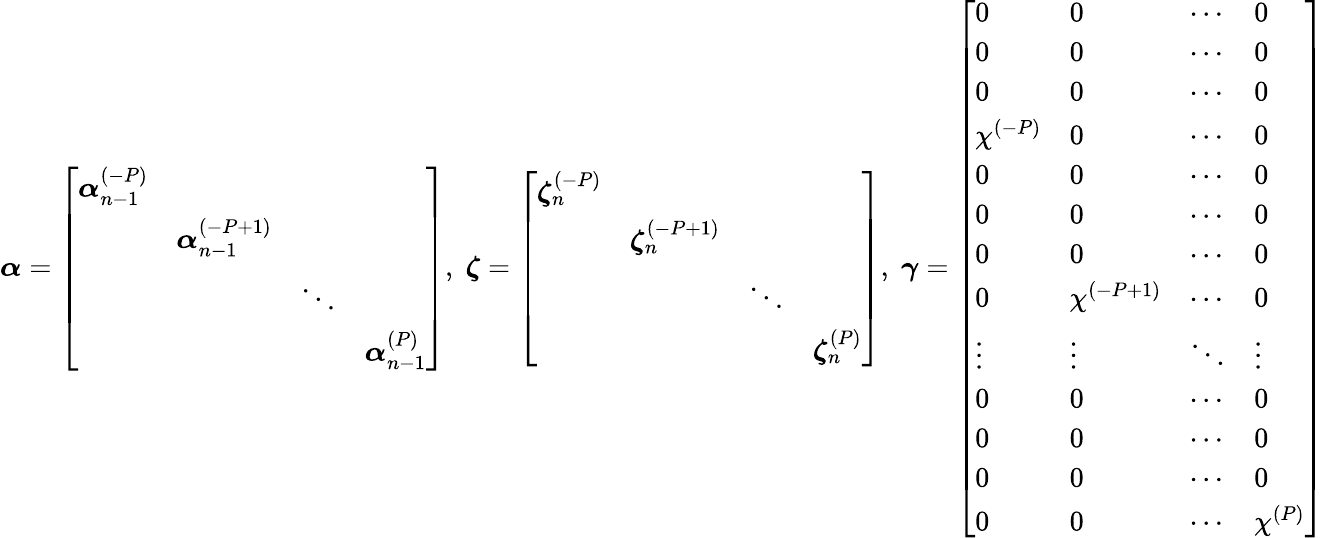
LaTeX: \boldsymbol\alpha=\left[\begin{array}{cccc}{\boldsymbol\alpha_{n-1}^{(-P)}}&&&\\ &{\boldsymbol\alpha_{n-1}^{(-P+1)}}&&\\ &&{\ddots}&\\ &&&{\boldsymbol\alpha_{n-1}^{(P)}}\end{array}\right],\; \boldsymbol\zeta=\left[\begin{array}{cccc}{\boldsymbol\zeta_{n}^{(-P)}}&&&\\ &{\boldsymbol\zeta_{n}^{(-P+1)}}&&\\ &&{\ddots}&\\ &&&{\boldsymbol\zeta_{n}^{(P)}}\end{array}\right],\; \boldsymbol\gamma=\left[\begin{array}{llll}{0}&{0}&{\cdots}&{0}\\ {0}&{0}&{\cdots}&{0}\\ {0}&{0}&{\cdots}&{0}\\ {\chi^{(-P)}}&{0}&{\cdots}&{0}\\ {0}&{0}&{\cdots}&{0}\\ {0}&{0}&{\cdots}&{0}\\ {0}&{0}&{\cdots}&{0}\\ {0}&{\chi^{(-P+1)}}&{\cdots}&{0}\\ {\vdots}&{\vdots}&{\ddots}&{\vdots}\\ {0}&{0}&{\cdots}&{0}\\ {0}&{0}&{\cdots}&{0}\\ {0}&{0}&{\cdots}&{0}\\ {0}&{0}&{\cdots}&{\chi^{(P)}}\end{array}\right]